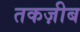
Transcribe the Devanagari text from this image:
तकज़ीब